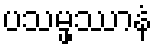
ပသမ္ဖဿာနံ